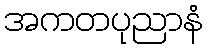
အကတပုညာနံ